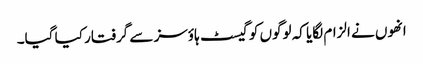
انھوں نے الزام لگایا کہ لوگوں کو گیسٹ ہاؤسز سے گرفتار کیا گیا۔